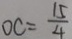
O C = \frac { 1 5 } { 4 }